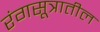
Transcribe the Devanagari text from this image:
रंगसूत्रातील